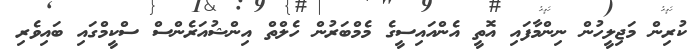
ކުރިން މަޖިލީހުން ނިންމާފައި އޮތީ އެންއައިސީގެ މެމްބަރުން ހެލްތް އިންޝުއަރެންސް ސްކީމްގައި ބައިވެރި